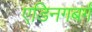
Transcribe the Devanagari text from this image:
एडिनगबर्ग